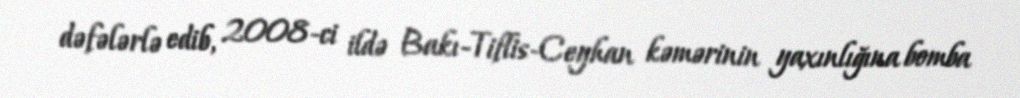
dəfələrlə edib, 2008-ci ildə Bakı-Tiflis-Ceyhan kəmərinin yaxınlığına bomba